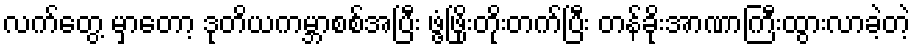
လက်တွေ့ မှာတော့ ဒုတိယကမ္ဘာစစ်အပြီး ဖွံ့ဖြိုးတိုးတက်ပြီး တန်ခိုးအာဏာကြီးထွားလာခဲ့တဲ့